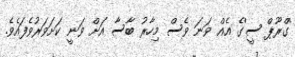
'ގްރޫޕް ސީ'ގެ އެއް ވަނަ ވެސް މިހާރު ބާސާ އަށް ވަނީ ކަށަވަރުވެފައެވެ.